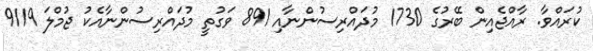
ކުރައްވާ. ރާއްޖެއިން ބޭރުގެ 1730 މުދައްރިސުންނާއި 891 ވަގުތީ މުދައްރިސުންނާއެކު ޖުމްލަ 9119